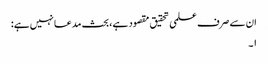
ان سے صرف علمی تحقیق مقصود ہے، بحث مدعا نہیں ہے:
۱۔